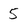
Character: 5